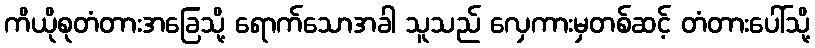
ကိယိုစုတံတားအခြေသို့ ရောက်သောအခါ သူသည် လှေကားမှတစ်ဆင့် တံတားပေါ်သို့